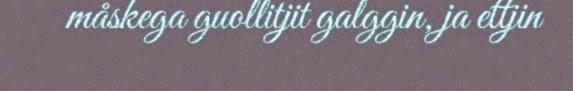
måskega guollitjit galggin, ja ettjin